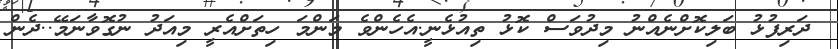
ދަރިފުޅު ބަލިކޮށްނެއްނު މިދުވަސް ކޮޅު ތިއުޅެނީ.އެހެންވެ މަންމަ ހިތަށްއެރީ މިއަދު ނުގޮވާނަމޭ..ދެން